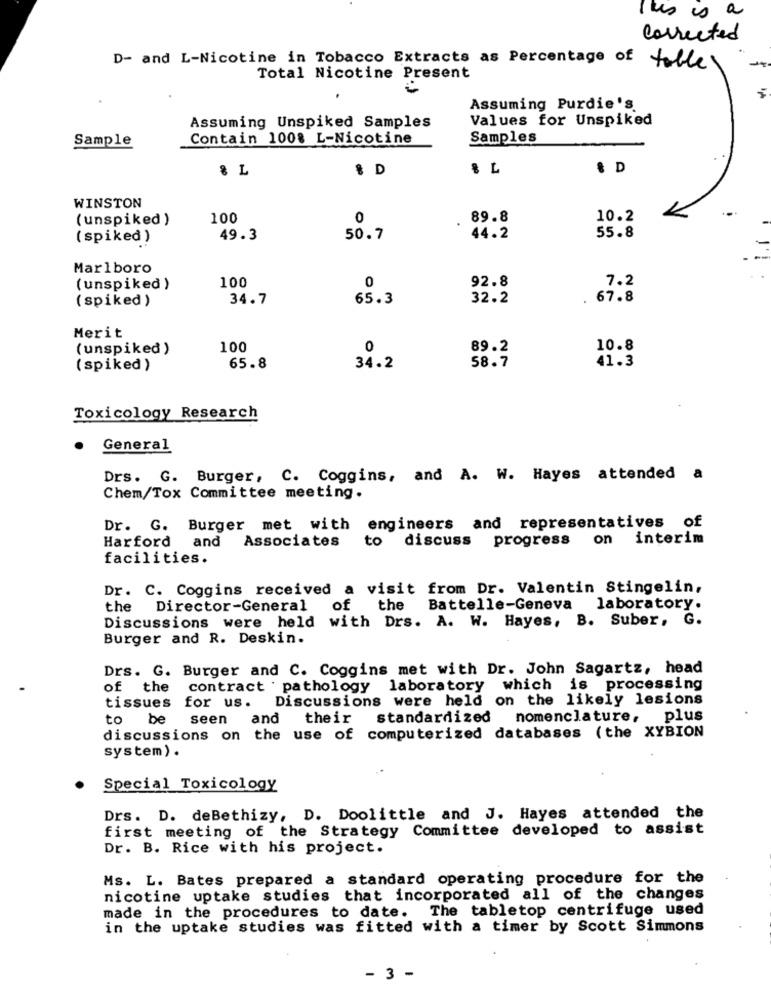
It's is a
Corrected
D- and L-Nicotine in Tobacco Extracts as Percentage of table
Total Nicotine Present
Assuming Purdie's
Values for Unspiked
Assuming Unspiked Samples
Sample
Contain 1008 L-Nicotine
Samples
8 L
$ D
& L
& D
WINSTON
(unspiked )
100
0
89.8
10.2
55.8
(spiked)
49.3
50.7
44.2
Marlboro
100
92.8
7.2
(unspiked )
0
(spiked )
34.7
65.3
32.2
67.8
Merit
(unspiked)
100
0
89.2
10.8
(spiked )
65.8
34.2
58.7
41.3
Toxicology Research
General
Drs. G. Burger, C. Coggins, and A. W. Hayes attended a
Chem/Tox Committee meeting.
Dr. G. Burger met with engineers and representatives of
Harford
and
Associates
to discuss progress
on interim
facilities.
Dr. C. Coggins received a visit from Dr. Valentin Stingelin,
the
Director-General
of
the
Battelle-Geneva laboratory.
Discussions were held with Drs. A. W. Hayes, B. Suber, G.
Burger and R. Deskin.
Drs. G. Burger and C. Coggins met with Dr. John Sagartz, head
of the
contract . pathology laboratory which
is processing
tissues for us.
Discussions were held on the likely lesions
to
be seen
and their
standardized nomenclature, plus
discussions on the use of computerized databases (the XYBION
system) .
Special Toxicology
Drs. D. deBethizy, D. Doolittle and J. Hayes attended the
first meeting of the Strategy Committee developed to assist
Dr. B. Rice with his project.
Ms. L. Bates prepared a standard operating procedure for the
nicotine uptake studies that incorporated all of the changes
made in the procedures to date. The tabletop centrifuge used
in the uptake studies was fitted with a timer by Scott Simmons
- 3 -